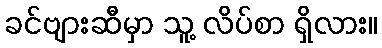
ခင်ဗျားဆီမှာ သူ့ လိပ်စာ ရှိလား။